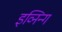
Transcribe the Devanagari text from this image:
इव्निन्गं